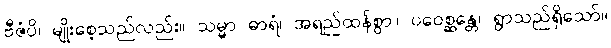
ဗီဇံပိ၊ မျိုးစေ့သည်လည်း။ သမ္မာ ဓာရံ၊ အရည်ထန်စွာ။ ပဝေစ္ဆန္တေ၊ ရွာသည်ရှိသော်။